Report on vaccination in the Province of Bengal - 1869-1873
Year: 1869
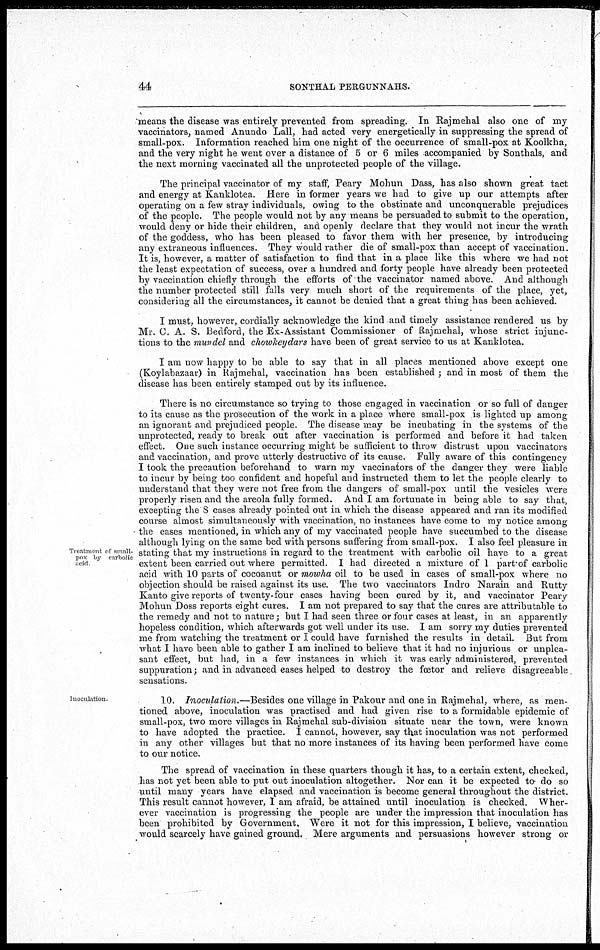
44
SONTHAL PERGUNNAHS.
means the disease was entirely prevented from spreading. In Rajmehal also one of my
vaccinators, named Anundo Lall, had acted very energetically in suppressing the spread of
small-pox. Information reached him one night of the occurrence of small-pox at Koolkha,
and the very night he went over a distance of 5 or 6 miles accompanied by Sonthals, and
the next morning vaccinated all the unprotected people of the village.
The principal vaccinator of my staff, Peary Mohun Dass, has also shown great tact
and energy at Kanklotea. Here in former years we had to give up our attempts after
operating on a few stray individuals, owing to the obstinate and unconquerable prejudices
of the people. The people would not by any means be persuaded to submit to the operation,
would deny or hide their children, and openly declare that they would not incur the wrath
of the goddess, who has been pleased to favor them with her presence, by introducing
any extraneous influences. They would rather die of small-pox than accept of vaccination.
It is, however, a matter of satisfaction to find that in a place like this where we had not
the least expectation of success, over a hundred and forty people have already been protected
by vaccination chiefly through the efforts of the vaccinator named above. And although
the number protected still falls very much short of the requirements of the place, yet,
considering all the circumstances, it cannot be denied that a great thing has been achieved.
I must, however, cordially acknowledge the kind and timely assistance rendered us by
Mr. C. A. S. Bedford, the Ex-Assistant Commissioner of Rajmehal, whose strict injunc-
tions to the mundel and chowkeydars have been of great service to us at Kanklotea.
I am now happy to be able to say that in all places mentioned above except one
(Koylabazaar) in Rajmehal, vaccination has been established ; and in most of them the
disease has been entirely stamped out by its influence.
Treatment of small-
pox by carbolic
acid
There is no circumstance so trying to those engaged in vaccination or so full of danger
to its cause as the prosecution of the work in a place where small-pox is lighted up among
an ignorant and prejudiced people. The disease may be incubating in the systems of the
unprotected, ready to break out after vaccination is performed and before it had taken
effect. One such instance occurring might be sufficient to throw distrust upon vaccinators
and vaccination, and prove utterly destructive of its cause. Fully aware of this contingency
I took the precaution beforehand to warn my vaccinators of the danger they were liable
to incur by being too confident and hopeful and instructed them to let the people clearly to
understand that they were not free from the dangers of small-pox until the vesicles were
properly risen and the areola fully formed. And I am fortunate in being able to say that,
excepting the 8 cases already pointed out in which the disease appeared and ran its modified
course almost simultaneously with vaccination, no instances have come to my notice among
the cases mentioned, in which any of my vaccinated people have succumbed to the disease
although lying on the same bed with persons suffering from small-pox. I also feel pleasure in
stating that my instructions in regard to the treatment with carbolic oil have to a great
extent been carried out where permitted. I had directed a mixture of 1 part of carbolic
acid with 10 parts of cocoanut or mowha oil to be used in cases of small-pox where no
objection should be raised against its use. The two vaccinators Indro Narain and Rutty
Kanto give reports of twenty-four cases having been cured by it, and vaccinator Peary
Mohun Doss reports eight cures. I am not prepared to say that the cures are attributable to
the remedy and not to nature; but I had seen three or four cases at least, in an apparently
hopeless condition, which afterwards got well under its use. I am sorry my duties prevented
me from watching the treatment or I could have furnished the results in detail. But from
what I have been able to gather I am inclined to believe that it had no injurious or unplea-
sant effect, but had, in a few instances in which it was early administered, prevented
suppuration; and in advanced eases helped to destroy the fœtor and relieve disagreeable
sensations.
Inoculation
10. Inoculation.—Besides one village in Pakour and one in Rajmehal, where, as men-
tioned above, inoculation was practised and had given rise to a formidable epidemic of
small-pox, two more villages in Rajmehal sub-division situate near the town, were known
to have adopted the practice. I cannot, however, say that inoculation was not performed
in any other villages but that no more instances of its having been performed have come
to our notice.
The spread of vaccination in these quarters though it has, to a certain extent, checked,
has not yet been able to put out inoculation altogether. Nor can it be expected to do so
until many years have elapsed and vaccination is become general throughout the district.
This result cannot however, I am afraid, be attained until inoculation is checked. Wher-
ever vaccination is progressing the people are under the impression that inoculation has
been prohibited by Government. Were it not for this impression, I believe, vaccination
would scarcely have gained ground. Mere arguments and persuasions however strong or